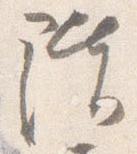
階